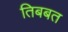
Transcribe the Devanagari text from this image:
तिबबत